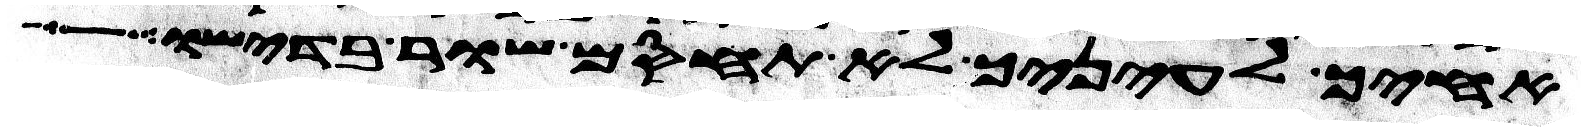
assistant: אחיך לעיניך לא תחסם שור בדישו